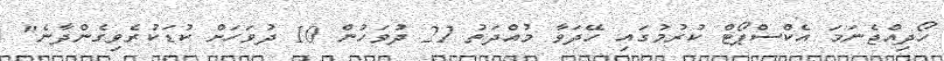
ހޯދިއްޖެނަމަ އެކްސްޕޯޓް ކުރުމުގައި ހޭދަވާ މުއްދަތު 21 ދުވަހުން 10 ދުވަހަށް ކުޑަކުރެވިގެންދާނެ"